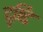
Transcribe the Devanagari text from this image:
दृष्‍टि